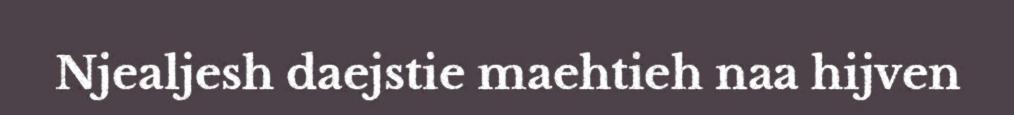
Njealjesh daejstie maehtieh naa hijven